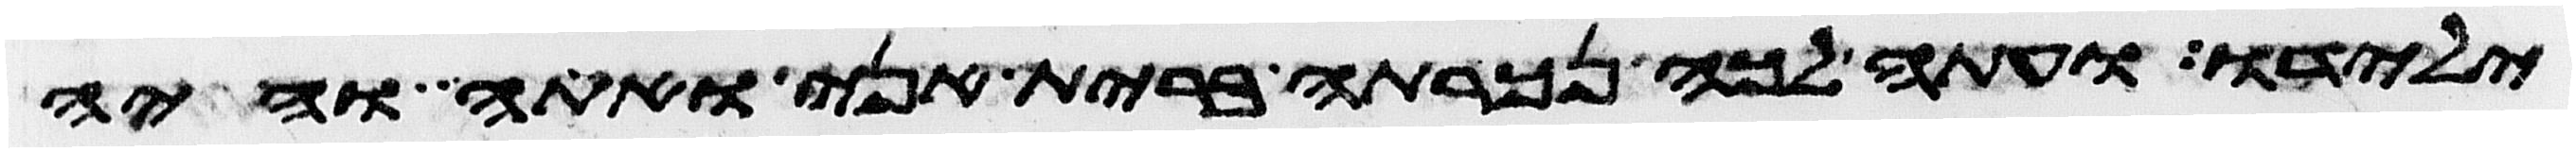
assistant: ילדו ועתה לכה נכרתה ברית אני ואתה והיה